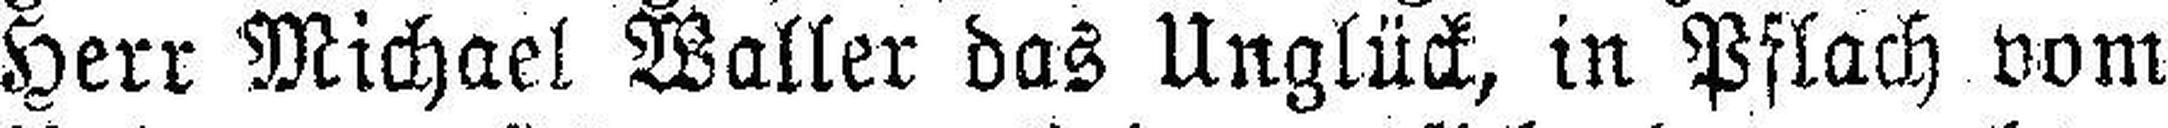
Herr Michael Waller das Unglück, in Pflach vom